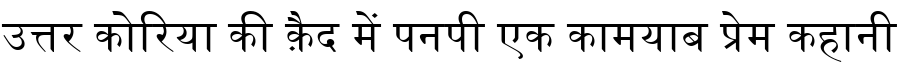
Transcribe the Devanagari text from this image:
उत्तर कोरिया की क़ैद में पनपी एक कामयाब प्रेम कहानी